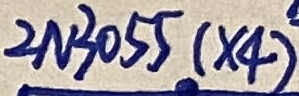
Text: 2N3055(×4)